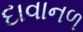
દાવાનળ